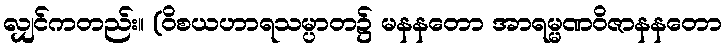
လျှင်ကတည်း။ (ဝိစယဟာရသမ္ပာတ၌ မနနတော အာရမ္မဏဝိဇာနနတော